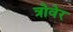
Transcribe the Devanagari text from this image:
त्रोवेर